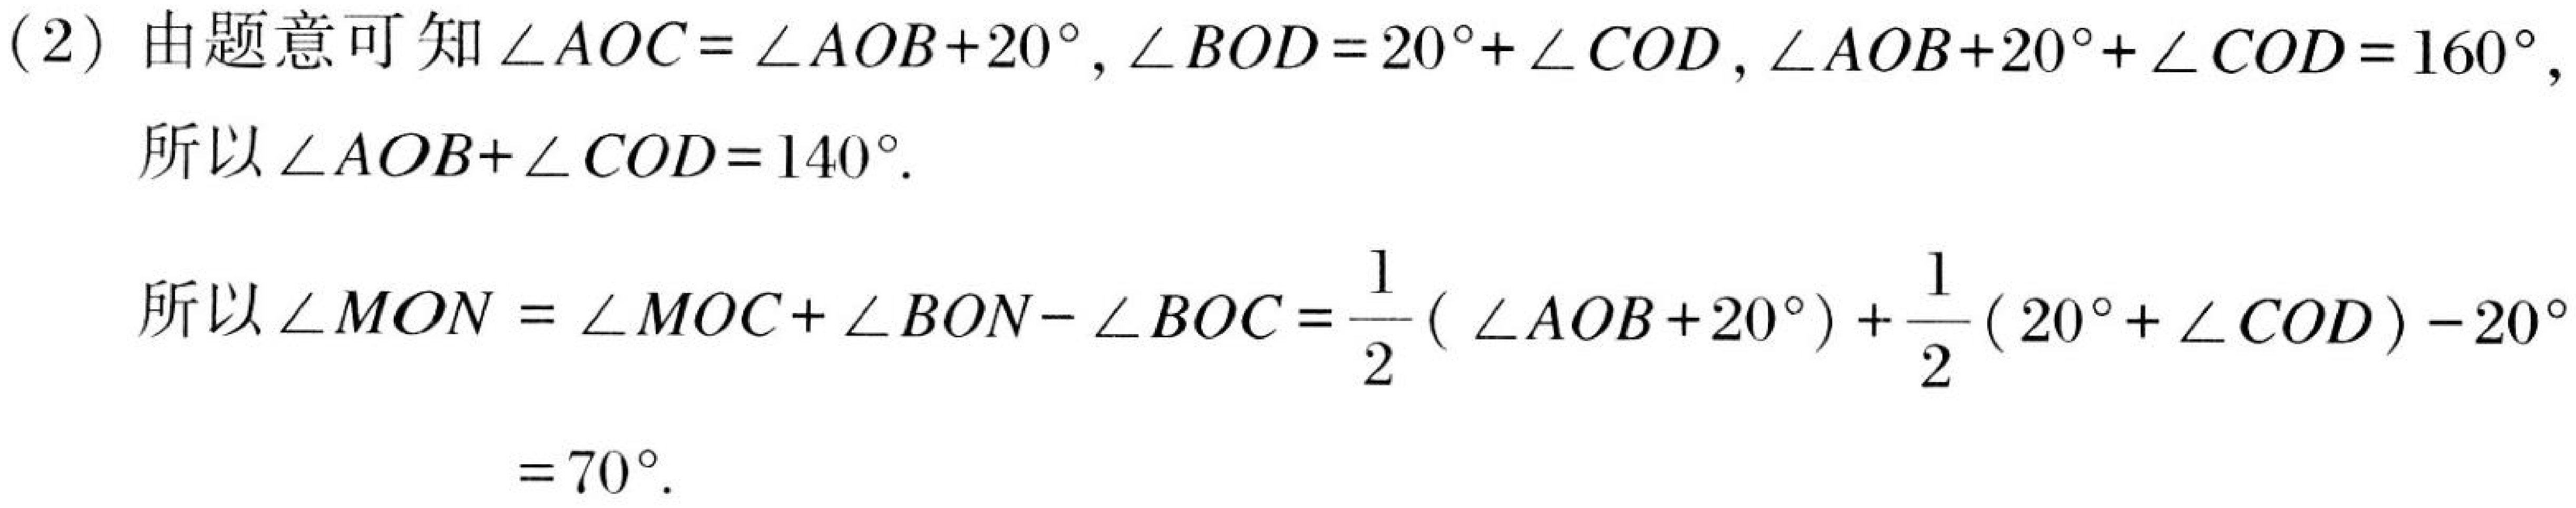
(2) 由题意可知$\angle AOC = \angle AOB + 20^{\circ}, \angle BOD = 20^{\circ}+\angle COD, \angle AOB + 20^{\circ}+\angle COD = 160^{\circ},$
所以$\angle AOB+\angle COD = 140^{\circ}.$

所以$\angle MON=\angle MOC+\angle BON - \angle BOC=\frac{1}{2}(\angle AOB + 20^{\circ})+\frac{1}{2}(20^{\circ}+\angle COD)-20^{\circ}$

$= 70^{\circ}.$